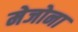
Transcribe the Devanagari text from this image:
मेजोना